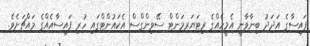
ފައިސާގެ އަދަދު ބިނާވާނީ އެމީހެއްގެ ރިޓަޔަރމަންޓް ސޭވިންގްސް އެކައުންޓްގައި ހުރި ފައިސާއެއްގެ މައްޗަށެވެ.